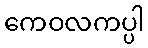
ကေဝလကပ္ပါ